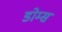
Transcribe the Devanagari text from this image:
डोम्स